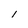
Character: l